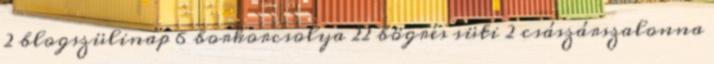
2 blogszülinap 6 borkorcsolya 22 bögrés süti 2 császárszalonna